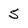
Character: 5